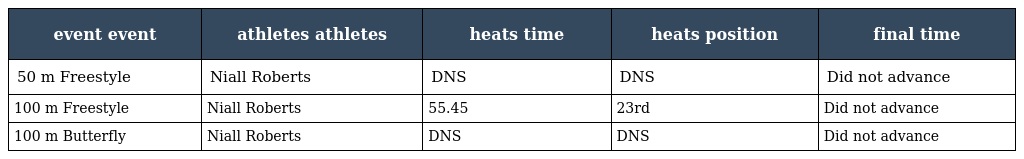
| event event | athletes athletes | heats time | heats position | final time |
 | --- | --- | --- | --- | --- |
 | 50 m Freestyle | Niall Roberts | DNS | DNS | Did not advance |
 | 100 m Freestyle | Niall Roberts | 55.45 | 23rd | Did not advance |
 | 100 m Butterfly | Niall Roberts | DNS | DNS | Did not advance |